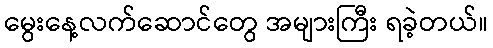
မွေးနေ့လက်ဆောင်တွေ အများကြီး ရခဲ့တယ်။